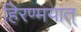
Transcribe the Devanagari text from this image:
हिरण्मयात्